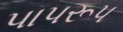
પાપરૂપ